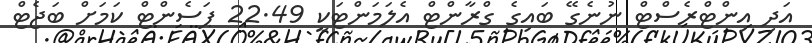
އަދި އިންޓްރެސްޓް ނުނެގޭ ބައިގެ ގްރާންޓް އެލަމަންޓަކީ 22.49 ޕަސެންޓް ކަމަށް ބަޖެޓް